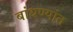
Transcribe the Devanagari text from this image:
बांधण्यांत